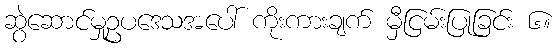
ဆွဲဆောင်မှုဥပဒေသအပေါ် ကိုးကားချက် မှီငြမ်းပြုခြင်း ၆။